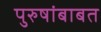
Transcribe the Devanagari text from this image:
पुरुषांबाबत